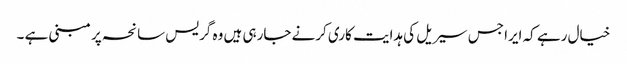
خیال رہے کہ ایرا جس سیریل کی ہدایت کاری کرنے جارہی ہیں وہ گریس سانحہ پر مبنی ہے ۔